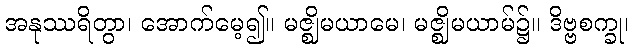
အနုဿရိတွာ၊ အောက်မေ့၍။ မဇ္ဈိမယာမေ၊ မဇ္ဈိမယာမ်၌။ ဒိဗ္ဗစက္ခု၊